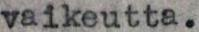
vaikeutta.